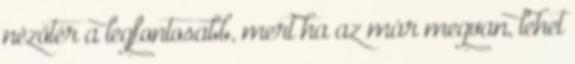
nézőtér a legfontosabb, mert ha az már megvan, lehet